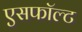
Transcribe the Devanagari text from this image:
एसफॉल्ट